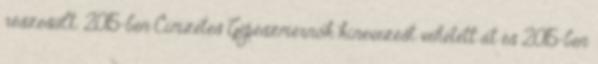
részesült. 2015-ben Címzetes Gépészmérnök kinevezést vehetett át és 2015-ben